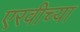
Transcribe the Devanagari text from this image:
एरवीच्या